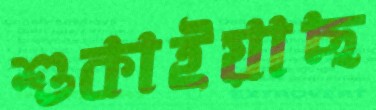
শুকাইয়াছ